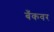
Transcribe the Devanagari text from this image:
बँकवर